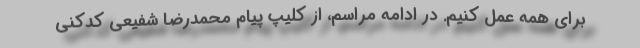
برای همه عمل کنیم. در ادامه مراسم، از کلیپ پیام محمدرضا شفیعی کدکنی